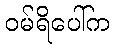
ဝမ်ရိပေါ်က